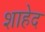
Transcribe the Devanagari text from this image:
शाहेद